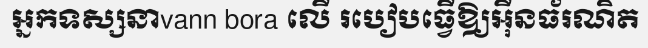
អ្នកទស្សនាvann bora លើ របៀបធ្វើឱ្យអ៊ីនធ័រណិត